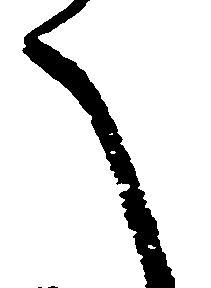
へ